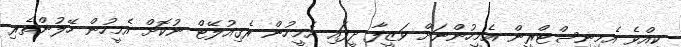
ކީއްވެ އެމިނިސްޓްރީން އެމީހުންނަށް ވަޒީފާ ދީފައި އެމީހުން ރެގިއުލޭޓް ނުކޮށް އެމީހުން ހޭލުންތެރި